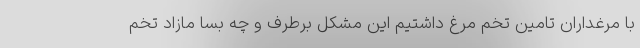
با مرغداران تامین تخم مرغ داشتیم این مشکل برطرف و چه بسا مازاد تخم